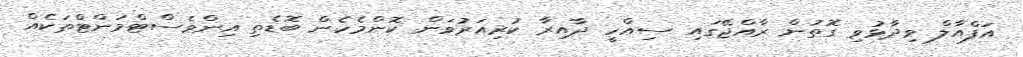
އަފްއާލް ވިދާޅުވި ގޮތުން ރާއްޖޭގައި ސިއްހީ ދާއިރާ ކުރިއަރުވަން ކޮންމެހެން ބޮޑެތި އިންވެސްޓްމަންޓްތަކެއް